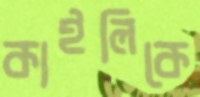
কাইলিকে